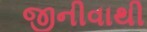
જીનીવાથી